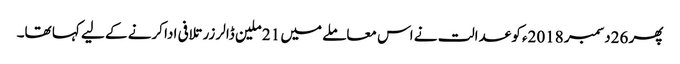
پھر 26دسمبر 2018ء کو عدالت نے اس معاملے میں 21 ملین ڈالر زر تلافی ادا کرنے کے لیے کہا تھا۔